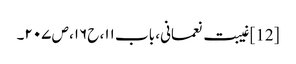
[12] غیبت نعمانی، باب ۱۱، ح۱۶، ص ۲۰۷۔